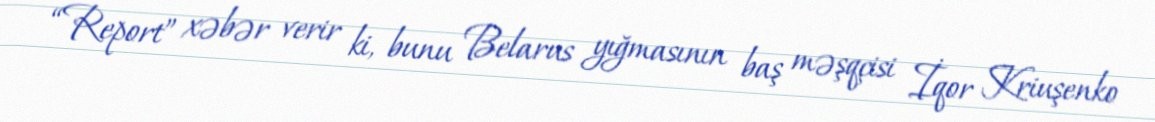
“Report” xəbər verir ki, bunu Belarus yığmasının baş məşqçisi İqor Kriuşenko